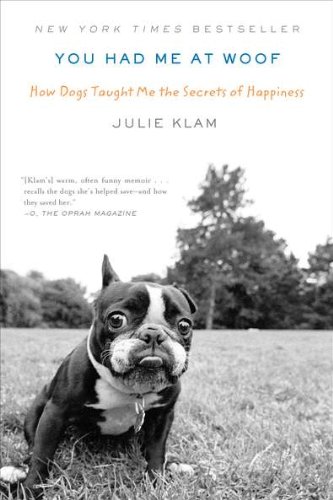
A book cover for You Had Me at Woof: How Dogs Taught Me the Secrets of Happiness; Julie Klam; Crafts, Hobbies & Home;